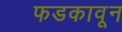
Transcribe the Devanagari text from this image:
फडकावून